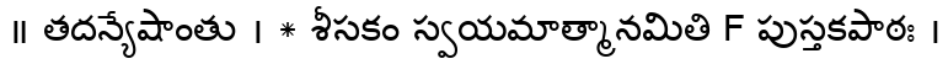
॥ తదన్యేషాంతు । * శీసకం స్వయమాత్మానమితి F పుస్తకపాఠః ।